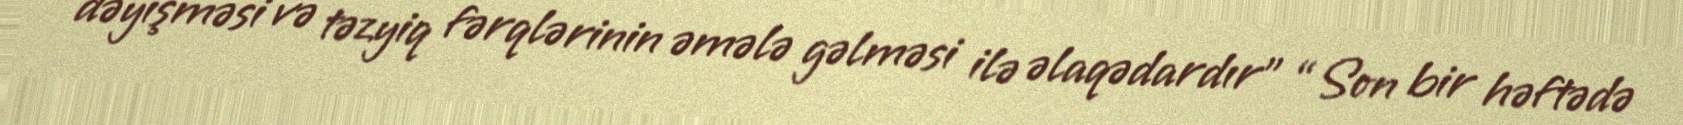
dəyişməsi və təzyiq fərqlərinin əmələ gəlməsi ilə əlaqədardır” “Son bir həftədə